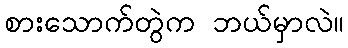
စားသောက်တွဲက ဘယ်မှာလဲ။